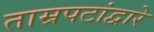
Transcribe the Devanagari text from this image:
ताम्रपटांद्वारे